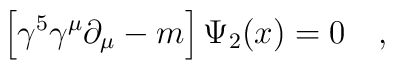
\left [\gamma^5 \gamma^\mu \partial_\mu - m \right ]\Psi_2 (x) = 0\quad,